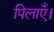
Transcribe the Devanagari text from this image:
पिलाएँ।